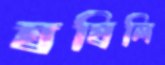
ঘষিলি